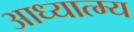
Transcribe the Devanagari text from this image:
आध्यात्म्य